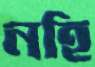
নহি